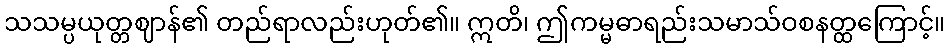
သသမ္ပယုတ္တဈာန်၏ တည်ရာလည်းဟုတ်၏။ ဣတိ၊ ဤကမ္မဓာရည်းသမာသ်ဝစနတ္ထကြောင့်။